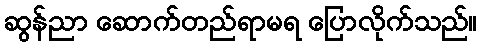
ဆွန်ညာ ဆောက်တည်ရာမရ ပြောလိုက်သည်။